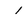
Character: l